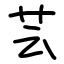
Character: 芸